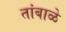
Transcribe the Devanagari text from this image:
तांबाळे